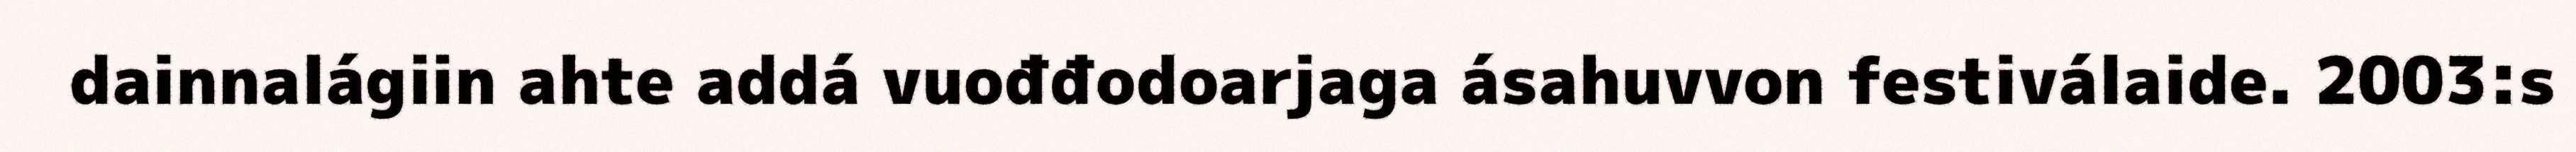
dainnalágiin ahte addá vuođđodoarjaga ásahuvvon festiválaide. 2003:s